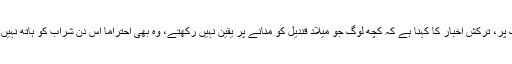
اس لنک پر، ترکش اخبار کا کہنا ہے کہ کچھ لوگ جو میلاد قندیل کو منانے پر یقین نہیں رکھتے، وہ بھی احتراماً اس دن شراب کو ہاتھ نہیں لگاتے۔